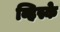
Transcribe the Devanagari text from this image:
व्हिस्के